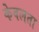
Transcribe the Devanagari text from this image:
केवलता